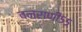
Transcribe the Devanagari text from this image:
वनराणी५५